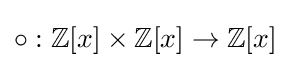
\circ :{\mathbb {Z} }[x]\times {\mathbb {Z} }[x]\rightarrow {\mathbb {Z} }[x]